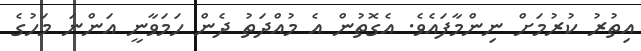
އިތުރު ކުރުމަށް ނިންމާފައެވެ. އެގޮތުން އެ މުއްދަތު ދެން ހަމަވާނީ އަންނަ މަހުގެ